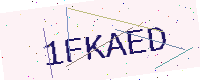
Text: 1FKAED